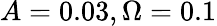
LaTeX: A=0.03,\Omega=0.1